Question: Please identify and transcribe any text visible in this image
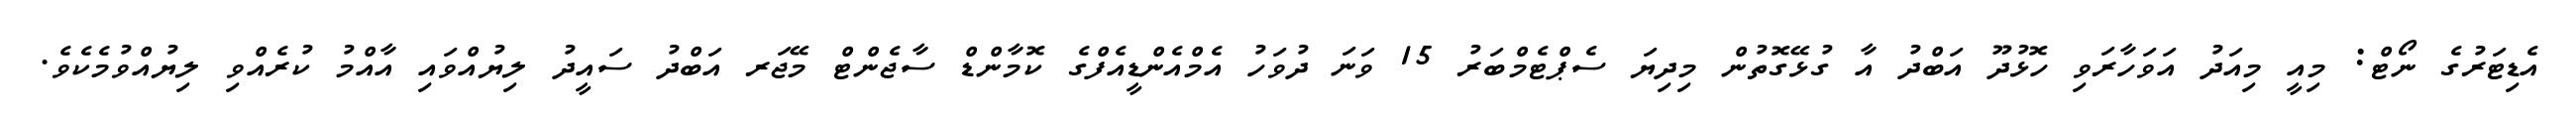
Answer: އެޑިޓަރުގެ ނޯޓް: މިއީ މިއަދު އަވަހާރަވި ހޮޅުދޫ އަބްދު އާ ގުޅޭގޮތުން މިދިޔަ ސެޕްޓެމްބަރު 15 ވަނަ ދުވަހު އެމްއެންޑީއެފްގެ ކޮމާންޑް ސާޖެންޓް މޭޖަރ އަބްދު ސައީދު ލިޔުއްވައި އާއްމު ކުރެއްވި ލިޔުއްވުމެކެވެ.